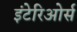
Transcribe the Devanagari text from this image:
इंटेरिओर्स